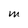
Character: M